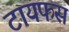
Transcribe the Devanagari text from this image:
टायफस